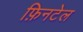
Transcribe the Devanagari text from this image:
फ़िनटेल